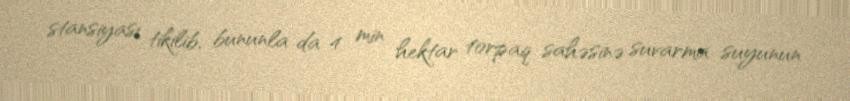
stansiyası tikilib, bununla da 4 min hektar torpaq sahəsinə suvarma suyunun